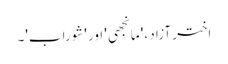
اختر آزاد ، 'مانجھی' اور 'شوراب'۔